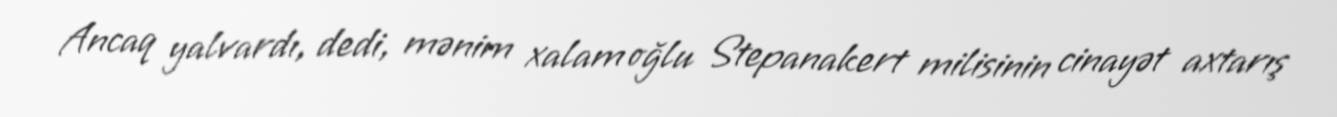
Ancaq yalvardı, dedi, mənim xalam oğlu Stepanakert milisinin cinayət axtarış